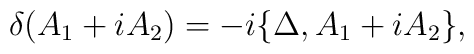
\delta(A_1 + i A_2) = -i\{ \Delta, A_1 + i A_2 \},